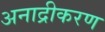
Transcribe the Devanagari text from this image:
अनाद्रीकरण